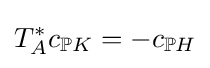
T_{A}^{*}c_{\mathbb {P} K}=-c_{\mathbb {P} H}